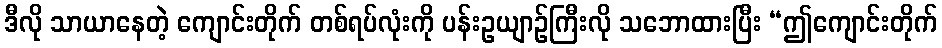
ဒီလို သာယာနေတဲ့ ကျောင်းတိုက် တစ်ရပ်လုံးကို ပန်းဥယျာဉ်ကြီးလို သဘောထားပြီး “ဤကျောင်းတိုက်